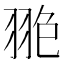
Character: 𦐙